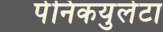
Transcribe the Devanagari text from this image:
पेनिकयुलेटा